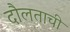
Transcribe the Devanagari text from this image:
दौलताची